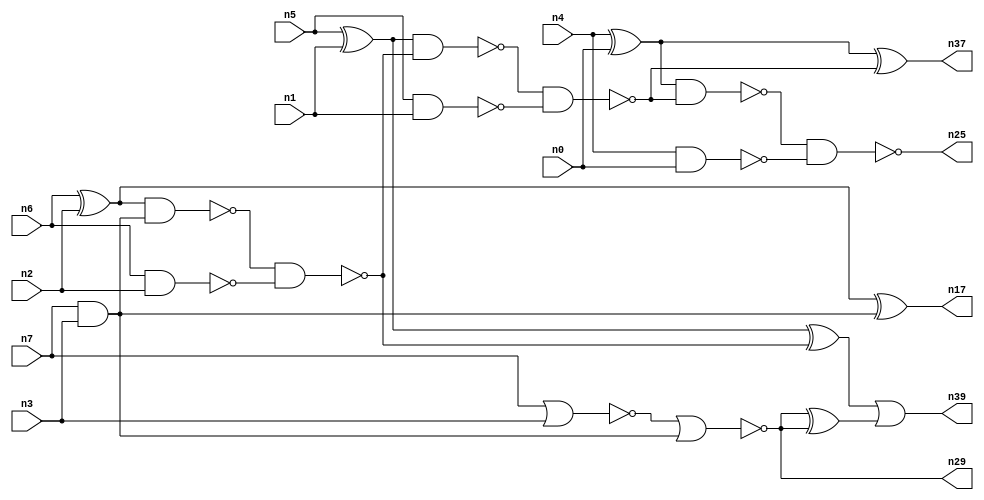
// This program was cloned from: https://github.com/umar-afzaal/ReCkt
// License: MIT License

// This file contains a pareto-optimal circuit with respect to power and the fault-resilince parameter p_fault which is defined as:
// "For all input vectors, the ratio of the no. of faults observable at the POs to the no. of total possible faults in the circuit".
// This code is part of the ReCkt library (https://github.com/umar-afzaal/ReCkt) distributed under The MIT License.
// When used, please cite the following article(s):
// U. Afzaal, A.S. Hassan, M. Usman and J.A. Lee, "On the Evolutionary Synthesis of Increased Fault-resilience Arithmetic Circuits".

// p_fault = 86.1 %    (Lower is better)
// gates = 24.0
// levels = 7
// area = 33.65    (For MCNC library relative to nand2)
// power = 100.8 uW    (Berkely-SIS for MCNC library @ Vdd=5V and 20 MHz clock)
// delay = 11.4 ns    (Berkely-ABC for MCNC library)
// PDP = 1.14912e-12 J

// Pin mapping:
// {n0, n1, n2, n3} = A[3:0]
// {n4, n5, n6, n7} = B[3:0]
// {n25, n37, n39, n17, n29} = O[4:0]

module addr4u_power_21 (
n0, n1, n2, n3, n4, n5, n6, n7, 
n25, n37, n39, n17, n29
);

input n0, n1, n2, n3, n4, n5, n6, n7;
output n25, n37, n39, n17, n29;
wire n38, n13, n18, n24, n20, n9, n23, n14, n16, n8, n22, n15, n10, n26, n19, n21, n36, n11, n12;

nand (n8, n6, n2);
xor (n9, n5, n1);
and (n10, n7, n3);
nor (n11, n7, n3);
xor (n12, n6, n2);
nand (n13, n4, n0);
xor (n14, n4, n0);
nand (n15, n5, n1);
nand (n16, n12, n10);
xor (n17, n12, n10);
nor (n18, n11, n10);
nand (n19, n16, n8);
nand (n20, n9, n19);
xor (n21, n9, n19);
nand (n22, n20, n15);
xor (n23, n14, n22);
nand (n24, n14, n22);
nand (n25, n24, n13);
xor (n26, n18, n18);
and (n29, n18, n18);
xor (n36, n29, n18);
and (n37, n23, n23);
and (n38, n36, n26);
or (n39, n21, n38);

endmodule